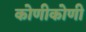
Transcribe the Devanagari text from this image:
कोणीकोणी